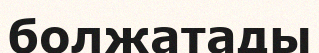
болжатады